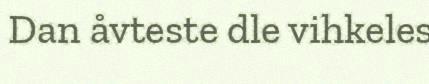
Dan åvteste dle vihkeles